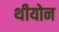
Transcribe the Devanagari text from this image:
थीयोन